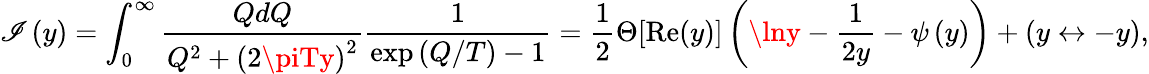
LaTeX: \mathscr{I}\left(y\right)=\int_{0}^{\infty}\frac{{QdQ}}{{Q^{2}+\left(2\piTy\right)^{2}}}\frac{1}{{\exp\left(Q/T\right)-1}}=\frac{1}{2}\Theta[\mathrm{{Re}}(y)]\left(\lny-\frac{1}{{2y}}-\psi\left(y\right)\right)+(y\leftrightarrow-y),